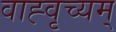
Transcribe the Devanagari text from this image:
वाह्वृच्यम्